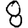
Digit: 8